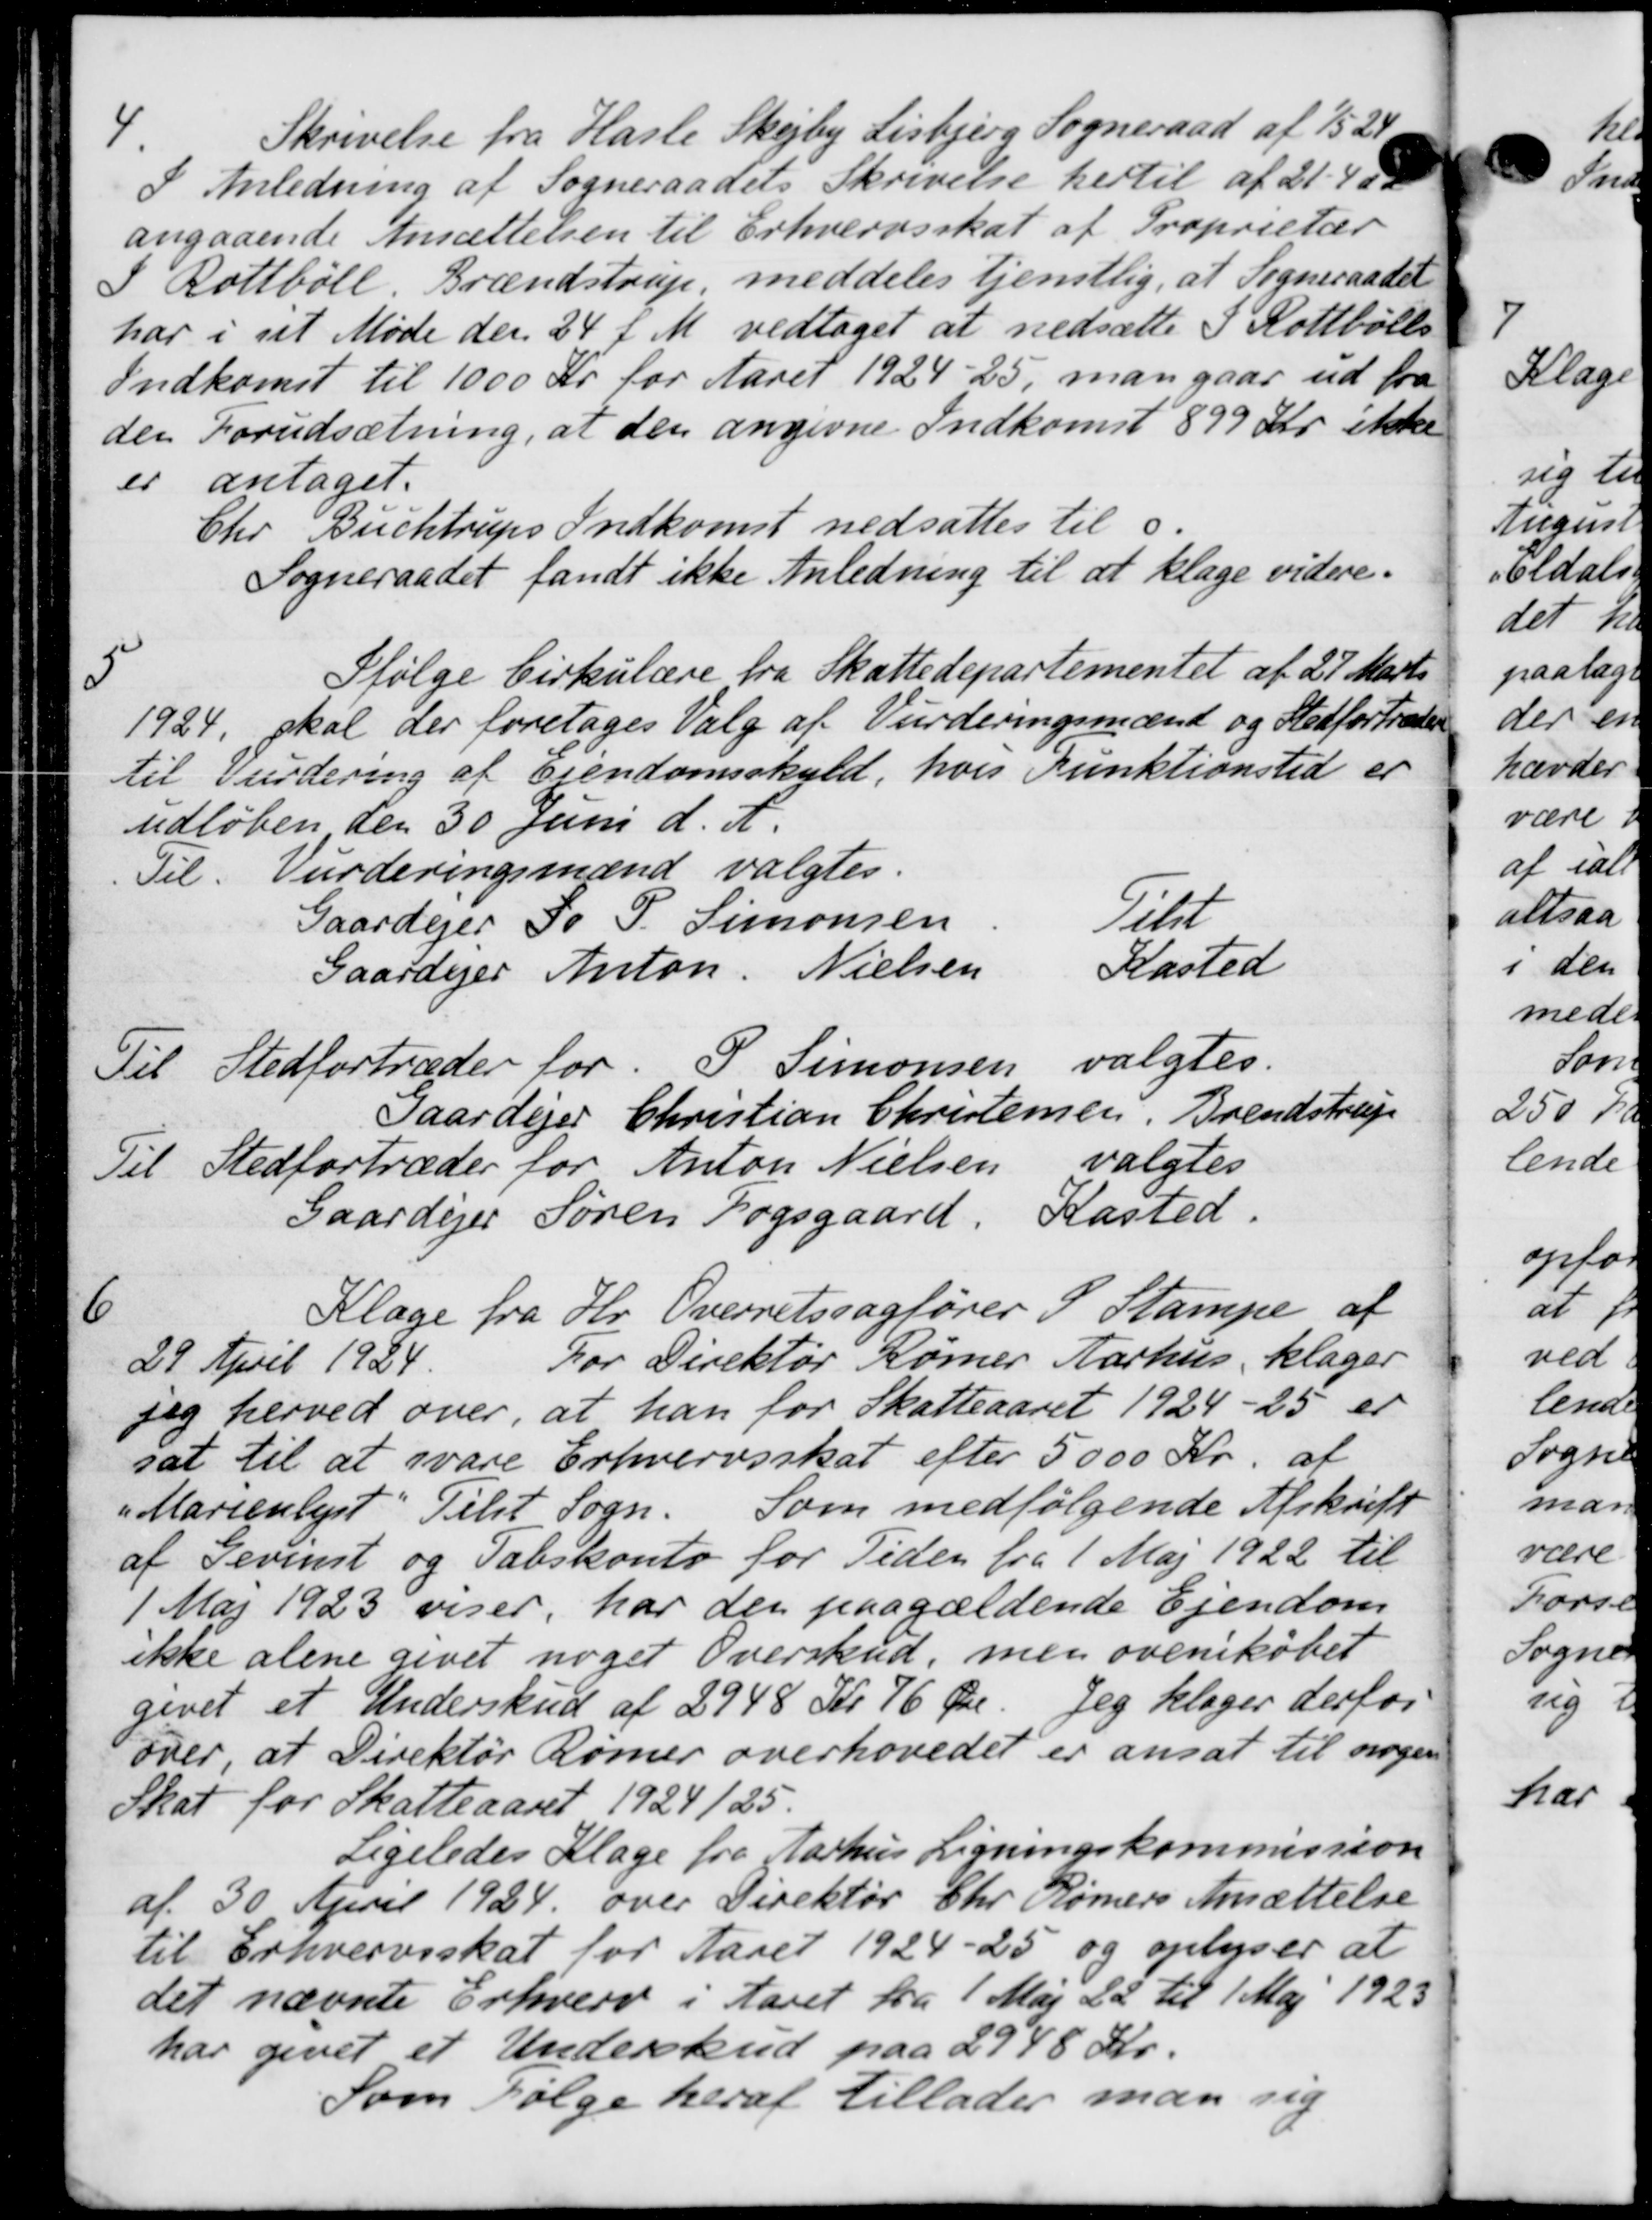
Transskription:
Skrivelse fra Hasle Skejby Lisbjerg Sogneraad af 1524
I Anledning af Sogneraadets Skrivelse hertil af 21.400
angaaende Ansættelsen til Erhvervsskat af Proprietær
I Rottbóll, Brændstrup, meddeles tjenstlig, at Sogneraadet
har i sit Møde den 24 f. M. vedtaget at nedsætte I Rottbólle
Indkomst til 1000 Kr for Aaret 1924-25, man gaar ud fra
den Forudsætning, at den angivne Indkomst 899 Kr. ikke
er antaget.
Chr. Buchtrups Indkomst nedsattes til s.
Sogneraadet fandt ikke Anledning til at klage videre.
5
Ifølge Cirkulære fra Skattedepartementet af 27 Marts
1924, skal der foretages Valg af Vurderingsmænd og Stedfortræder
til Vurdering af Ejendomsskyld, hvis Funktionstid er
udløben den 30 Juni d. A.
Til Vurderingsmænd valgtes.
Gaardejer J. P. Simonsen Tilt
Gaardejer Anton Nielsen Kasted
Til Stedfortræder for P. Simonsen valgtes.
Gaardejer Christian Christensen, Brendstrup
Til Stedfortræder for Anton Nielsen valgtes
Gaardejer Søren Fogsgaard. Kasted.
6
Klage fra Hr Overretssagfører I Stampe af
29 April 1924.
For Direktør Rømer Aarhus klager
Jeg herved over, at han for Skatteaaret 1924-25 er
sat til at svare Erhvervsskat efter 5000 Kr. af
"Marienlyst. Tilst Sogn. Som medfølgende Afskrift
af Gevent og Tabskonto for Tiden fra 1 Maj 1922 til
1 Maj 1923 viser, har den paagældende Ejendom
ikke alene givet noget Overskud, men ovenikøbet
givet et Underskud af 2948 Kr 76 Øre. Jeg klager derfor
over at Direktør Rømer overhovedet er ansat til nogen
Skat for Skatteaaret 1924/25.
Ligeledes Klage fra Aarhus Ligningskommission
af 30 April 1924 over Direktør Chr. Rømers Ansættelse
til Erhvervsskat for Aaret 1924-25 og oplyser at
det nævnte Erhverv i Aaret fra 1 Maj 22 til 1 Maj 1923
har givet et Underskud paa 2948 Kr.
Som Følge heraf tillader man sig